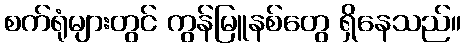
စက်ရုံများတွင် ကွန်မြူနစ်တွေ ရှိနေသည်။